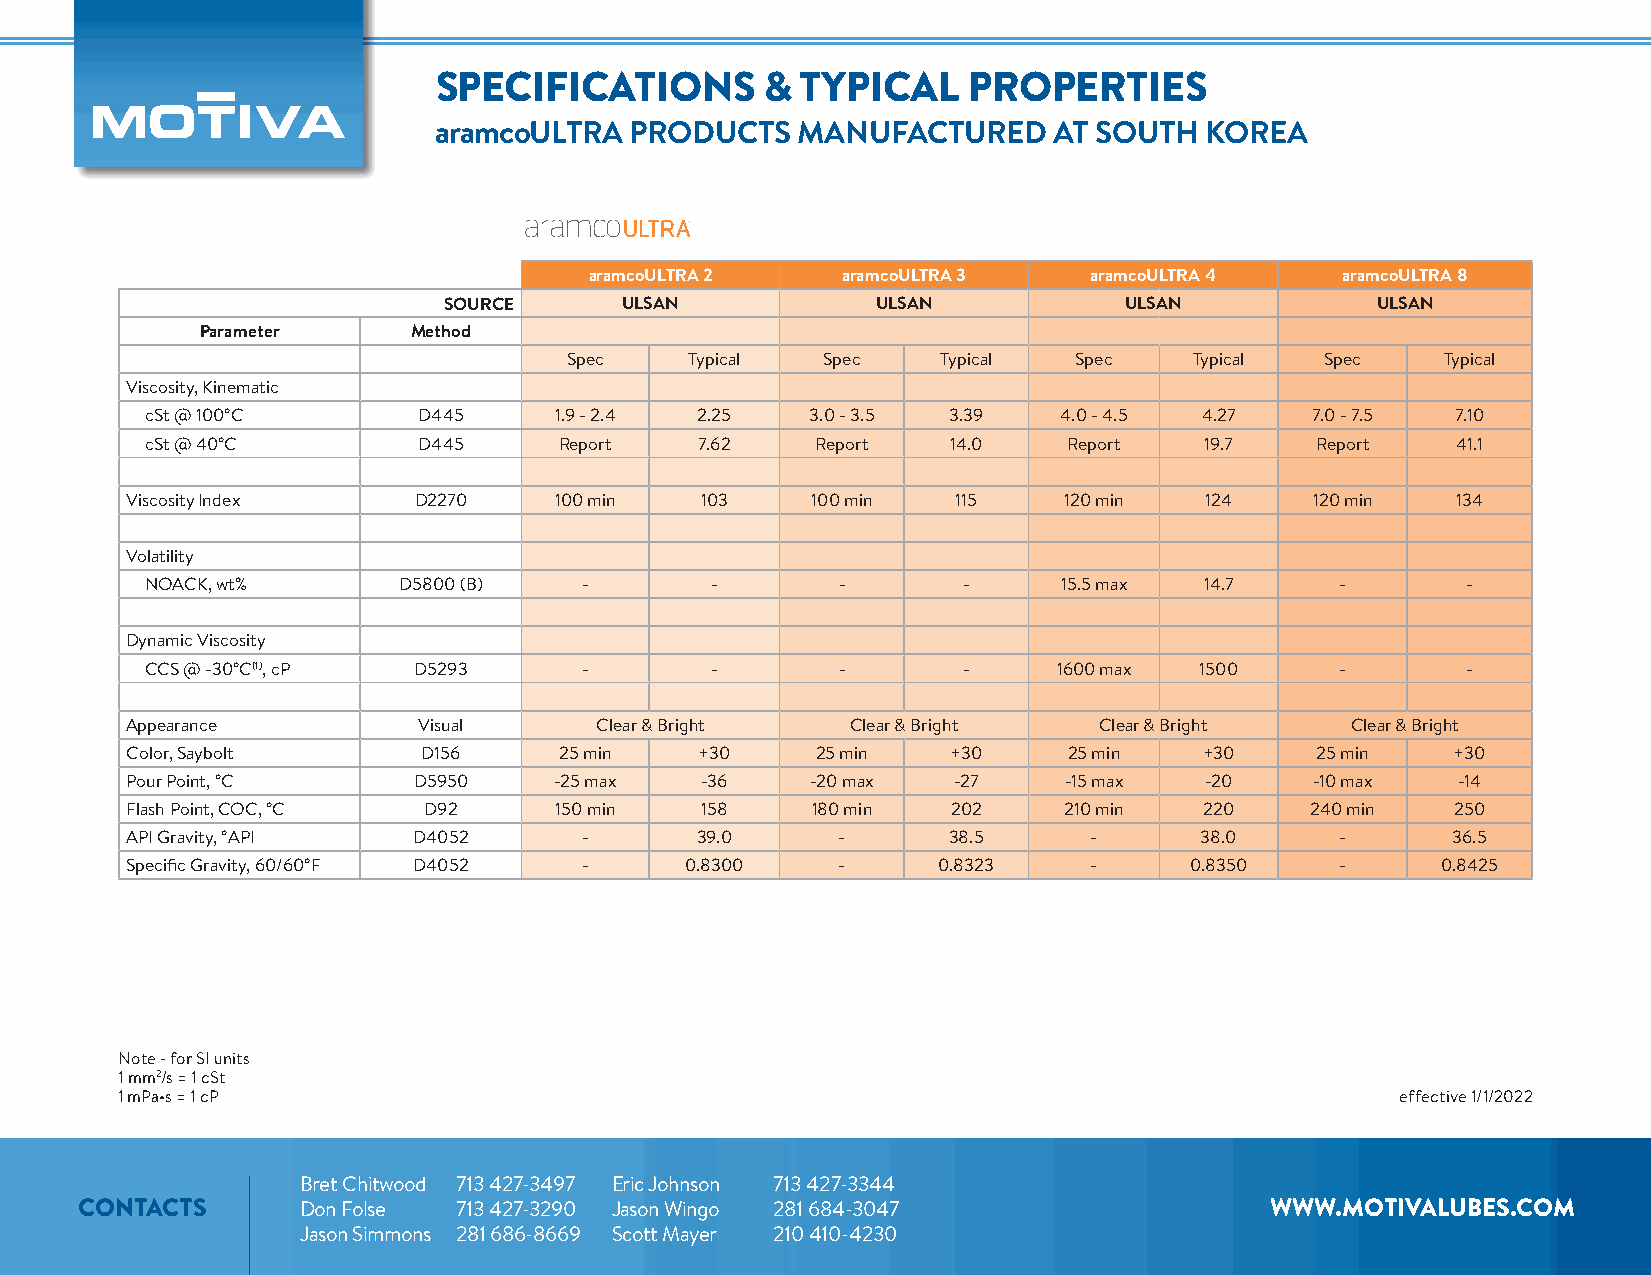
SPECIFICATIONS        & TYPICAL    PROPERTIES
 aramcoULTRA  PRODUCTS   MANUFACTURED     AT SOUTH  KOREA
 aramcoULTRA 2    aramcoULTRA 3   aramcoULTRA 4    aramcoULTRA 8
 SOURCE      ULSAN            ULSAN           ULSAN            ULSAN
 Parameter     Method
 Spec    Typical Spec    Typical  Spec    Typical  Spec    Typical
 Viscosity, Kinematic
 cSt @ 100°C       D445     1.9 - 2.4 2.25   3.0 - 3.5 3.39  4.0 - 4.5 4.27   7.0 - 7.5 7.10
 cSt @ 40°C        D445     Report   7.62    Report   14.0    Report   19.7   Report   41.1
 Viscosity Index    D2270     100 min  103     100 min  115    120 min   124    120 min  134
 Volatility
 NOACK, wt%      D5800 (B)    -       -       -        -     15.5 max  14.7     -       -
 Dynamic Viscosity
 CCS @ -30°C(1), cP D5293     -       -       -        -     1600 max 1500      -       -
 Appearance          Visual     Clear & Bright   Clear & Bright   Clear & Bright  Clear & Bright
 Color, Saybolt      D156     25 min   +30     25 min   +30     25 min   +30    25 min   +30
 Pour Point, °C     D5950     -25 max  -36     -20 max  -27    -15 max   -20    -10 max  -14
 Flash Point, COC, °C D92     150 min  158     180 min  202    210 min   220    240 min  250
 API Gravity, °API  D4052       -      39.0     -       38.5     -      38.0      -      36.5
 Specifi c Gravity, 60/60°F D4052 -   0.8300    -      0.8323    -      0.8350    -     0.8425
 Note - for SI units
 1 mm2/s = 1 cSt
 1 mPa•s = 1 cP                                                                       effective 1/1/2022
 Bret Chitwood 713 427-3497 Eric Johnson 713 427-3344
 CONTACTS       Don Folse 713 427-3290 Jason Wingo 281 684-3047                 WWW.MOTIVALUBES.COM
 Jason Simmons 281 686-8669 Scott Mayer 210 410-4230